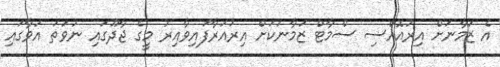
އެ ޒަމާނަށް އިރުއޮއްސި ސްމާޓް ޒަމާނަކަށް އިރުއަރާފައިވާއިރު މީގެ ޖާދޫގައި ނުވަތަ އަވާގައި